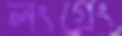
লংগ্রেং